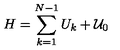
H = \sum _ { k = 1 } ^ { N - 1 } U _ { k } + { \cal U } _ { 0 }